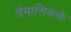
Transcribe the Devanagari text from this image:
त्रैमासिकके